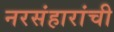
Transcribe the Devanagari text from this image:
नरसंहारांची